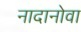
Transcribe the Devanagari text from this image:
नादानोवा